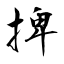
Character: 捭